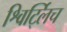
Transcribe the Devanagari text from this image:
श्विर्ट्लिच